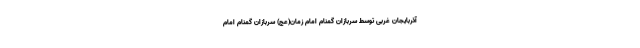
آذربایجان غربی توسط سربازان گمنام امام زمان(عج) سربازان گمنام امام